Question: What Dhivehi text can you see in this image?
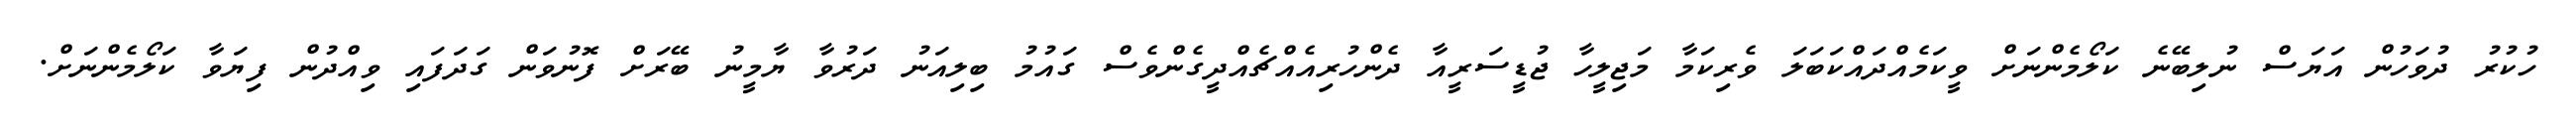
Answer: ހުކުރު ދުވަހުން އަޔަސް ނުލިބޭނެ ކަލޯމެންނަށް ވީކަމެއްދައްކަބަލަ ވެރިކަމާ މަޖިލީހާ ޖުޑީސަރީއާ ދެންހުރިއެއްޗެއްދީގެންވެސް ގައުމު ބިލިއަނު ދަރުވާ ޔާމީނު ބޭރަށް ފޮނުވަން ގަދަފައި ވިއްދުން ފިޔަވާ ކަލޯމެންނަށް.